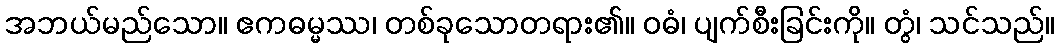
အဘယ်မည်သော။ ဧကဓမ္မဿ၊ တစ်ခုသောတရား၏။ ဝဓံ၊ ပျက်စီးခြင်းကို။ တွံ၊ သင်သည်။